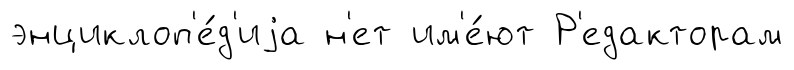
энциклоп'е́д'иjа н'ет им'е́ют Р'едакторам